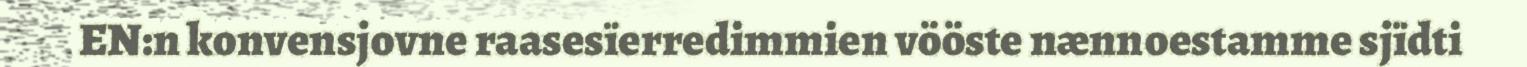
EN:n konvensjovne raasesïerredimmien vööste nænnoestamme sjïdti